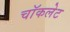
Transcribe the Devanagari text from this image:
चाॅकलेट